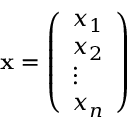
\mathbf { x } = { \left( \begin{array} { l } { x _ { 1 } } \\ { x _ { 2 } } \\ { \vdots } \\ { x _ { n } } \end{array} \right) }